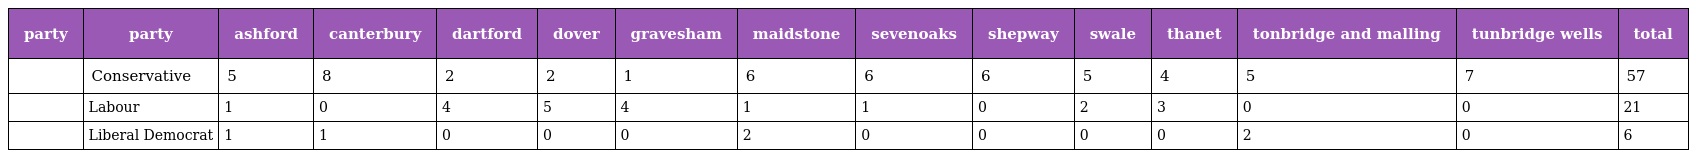
| party | party | ashford | canterbury | dartford | dover | gravesham | maidstone | sevenoaks | shepway | swale | thanet | tonbridge and malling | tunbridge wells | total |
 | --- | --- | --- | --- | --- | --- | --- | --- | --- | --- | --- | --- | --- | --- | --- |
 |  | Conservative | 5 | 8 | 2 | 2 | 1 | 6 | 6 | 6 | 5 | 4 | 5 | 7 | 57 |
 |  | Labour | 1 | 0 | 4 | 5 | 4 | 1 | 1 | 0 | 2 | 3 | 0 | 0 | 21 |
 |  | Liberal Democrat | 1 | 1 | 0 | 0 | 0 | 2 | 0 | 0 | 0 | 0 | 2 | 0 | 6 |